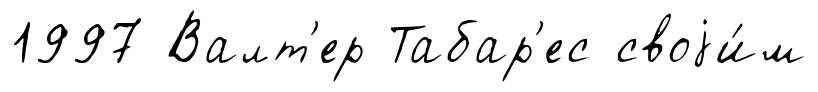
1997 Валт'ер Табар'ес своjи́м